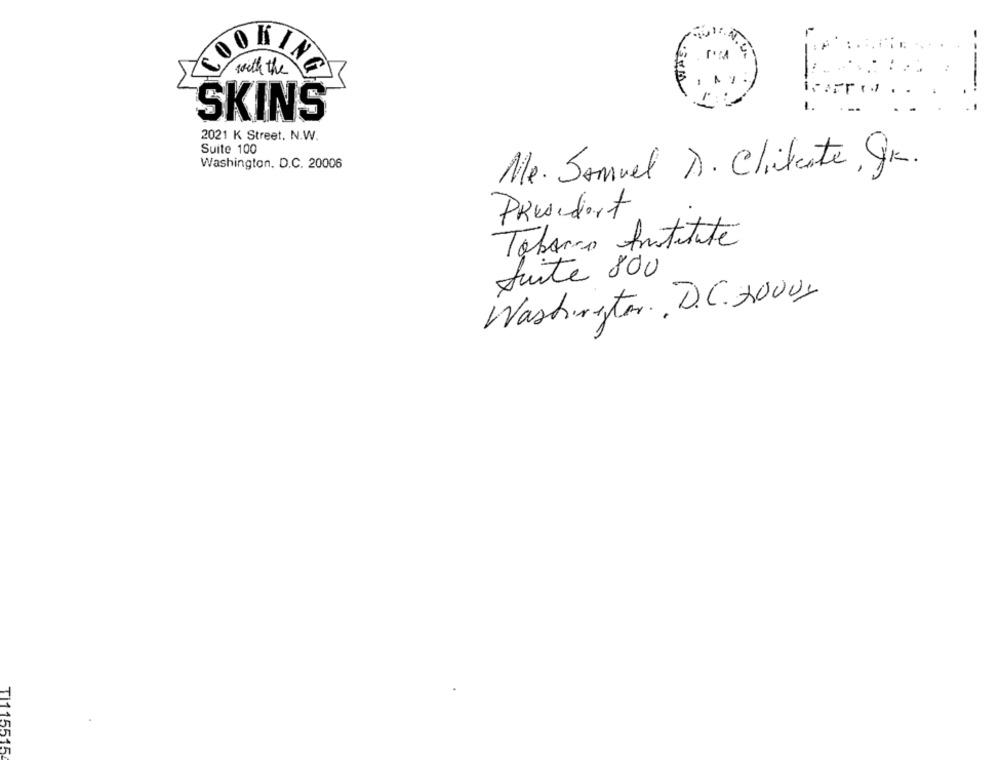
-----
OOKING
with the
SKINS
2021 K Street. N.W.
Suite 100
Washington, D.C. 20006
Me. Samuel D. Chikate, Gr.
President
Tobarro Institute
fuite 800
Washington, D.C. 20001
TI